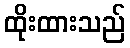
ထိုးထားသည်